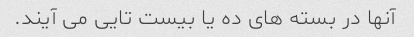
آنها در بسته های ده یا بیست تایی می آیند.